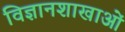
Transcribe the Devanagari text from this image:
विज्ञानशाखाओं